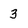
Character: 3